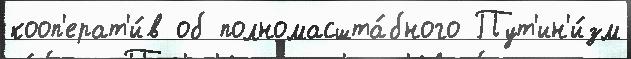
кооп'ерат'и́в об полномасшта́бного Пут'ин'и́зм